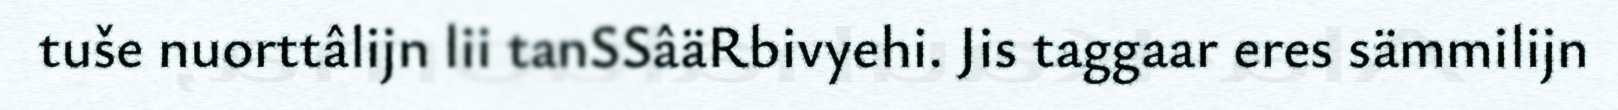
tuše nuorttâlijn lii tanSSâäRbivyehi. Jis taggaar eres sämmilijn